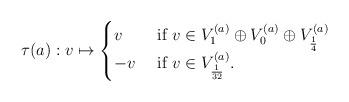
LaTeX: \begin{align*}\tau(a): v \mapsto\begin{cases}v &\textrm{ if } v \in V_1^{(a)} \oplus V_0^{(a)} \oplus V_{\frac{1}{4}}^{(a)} \\- v &\textrm{ if } v \in V_{\frac{1}{32}}^{(a)}. \end{cases}\end{align*}